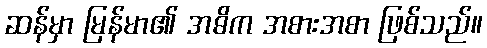
ဆန်မှာ မြန်မာ၏ အဓိက အစားအစာ ဖြစ်သည်။